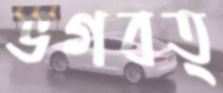
ভগবত্